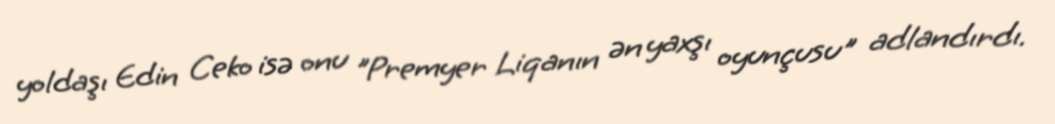
yoldaşı Edin Ceko isə onu "Premyer Liqanın ən yaxşı oyunçusu" adlandırdı.